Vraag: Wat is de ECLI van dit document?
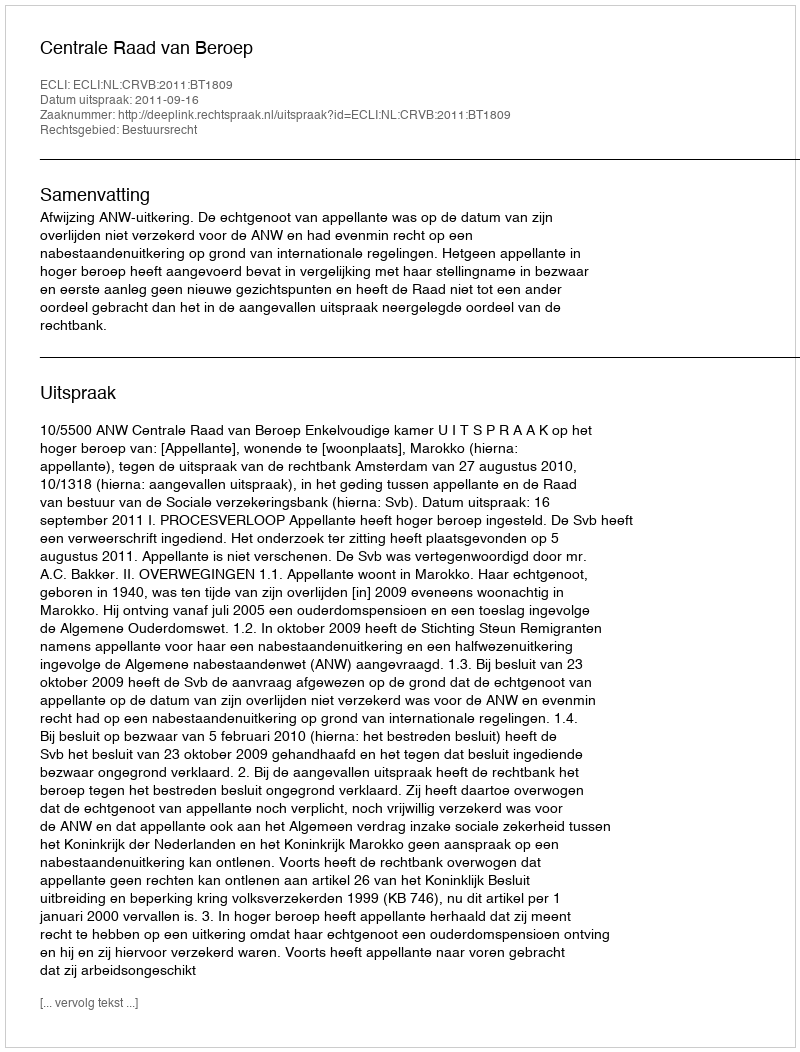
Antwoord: ECLI:NL:CRVB:2011:BT1809